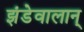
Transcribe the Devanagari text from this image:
झंडेवालान्